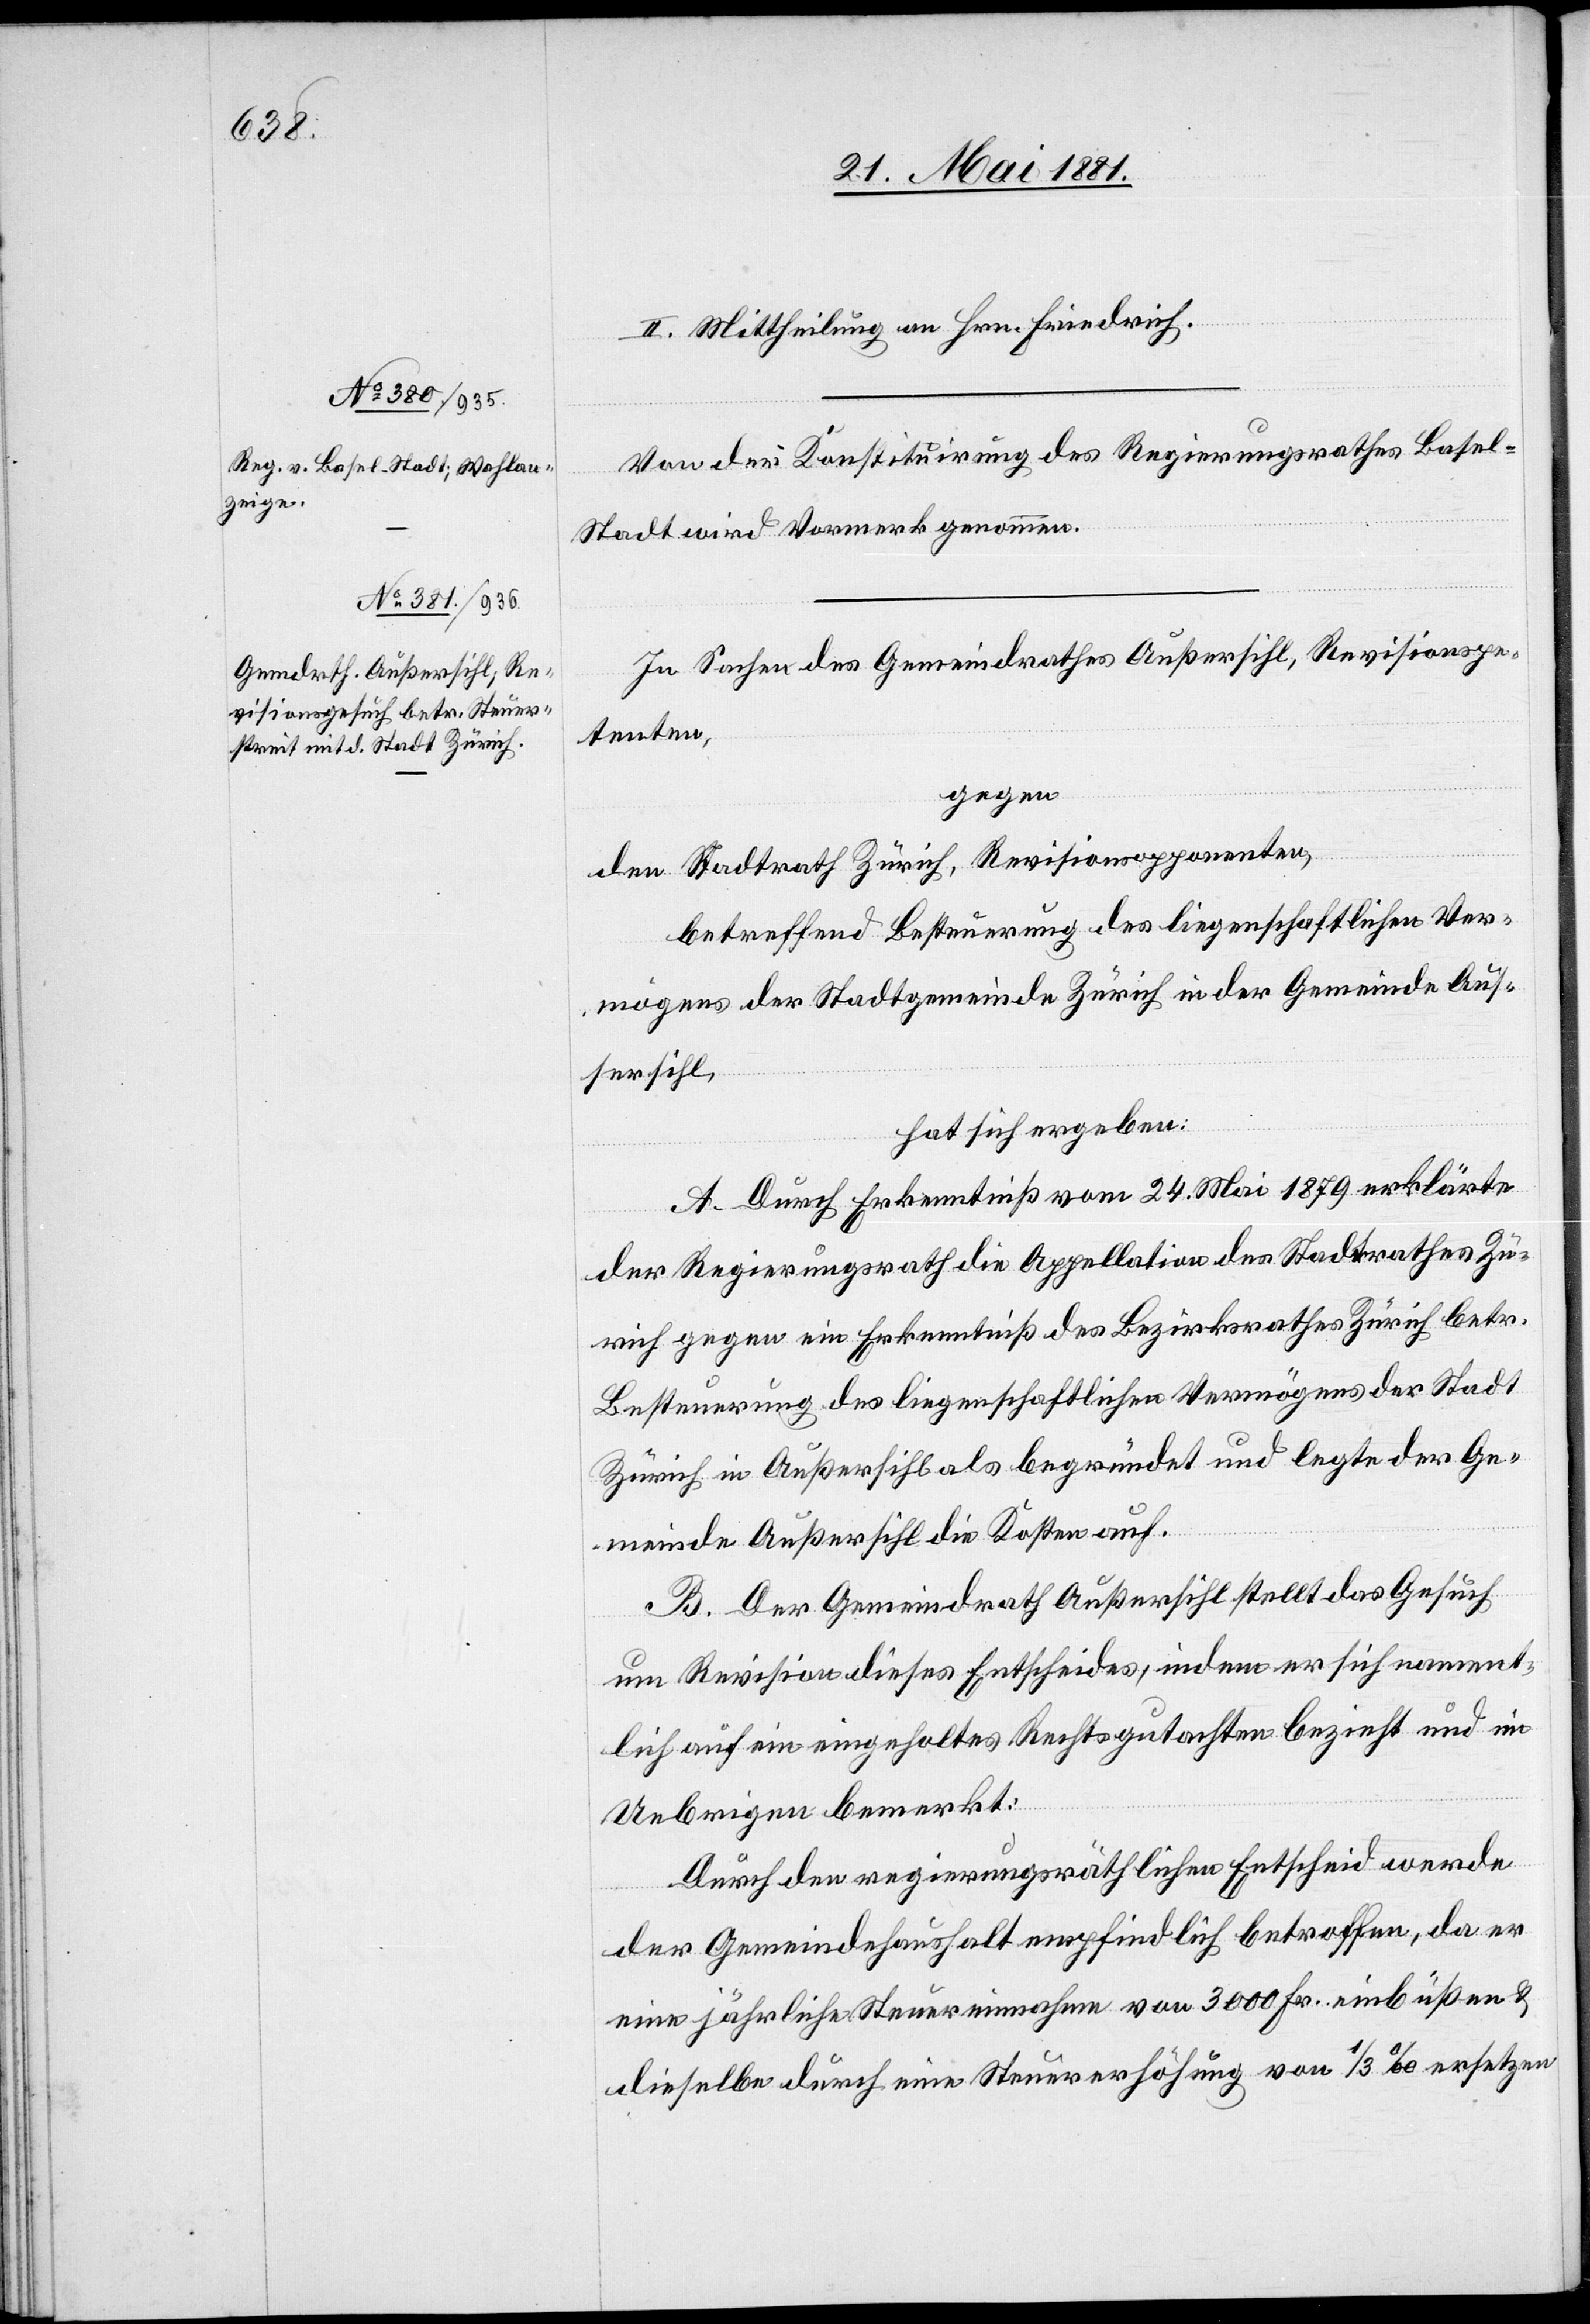
II. Mittheilung an Hrn. Friedrich.
Von der Konstituirung des Regierungsrathes Basel-S¬
tadt wird Vormerk genommen.
In Sachen des Gemeindrathes Außersihl, Revisionspe¬
tenten,
gegen
den Stadtrath Zürich, Revisionsopponenten,
betreffend Besteuerung des liegenschaftlichen Ver¬
mögens der Stadtgemeinde Zürich in der Gemeinde Auß¬
ersihl,
hat sich ergeben:
A. Durch Erkenntniß vom 24. Mai 1879 erklärte
der Regierungsrath die Appellation des Stadtrathes Zü¬
rich gegen ein Erkenntniß des Bezirksrathes Zürich betr.
Besteuerung des liegenschaftlichen Vermögens der Stadt
Zürich in Außersihl als begründet und legte der Ge¬
meinde Außersihl die Kosten auf.
B. Der Gemeindrath Außersihl stellt das Gesuch
um Revision dieses Entscheides, indem er sich nament¬
lich auf ein eingeholtes Rechtsgutachten bezieht und im
Uebrigen bemerkt:
Durch den regierungsräthlichen Entscheid werde
der Gemeindehaushalt empfindlich betroffen, da er
eine jährliche Steuereinnahme von 3000 Fr. einbüßen &
dieselbe durch eine Steuererhöhung von 1/3‰ ersetzen